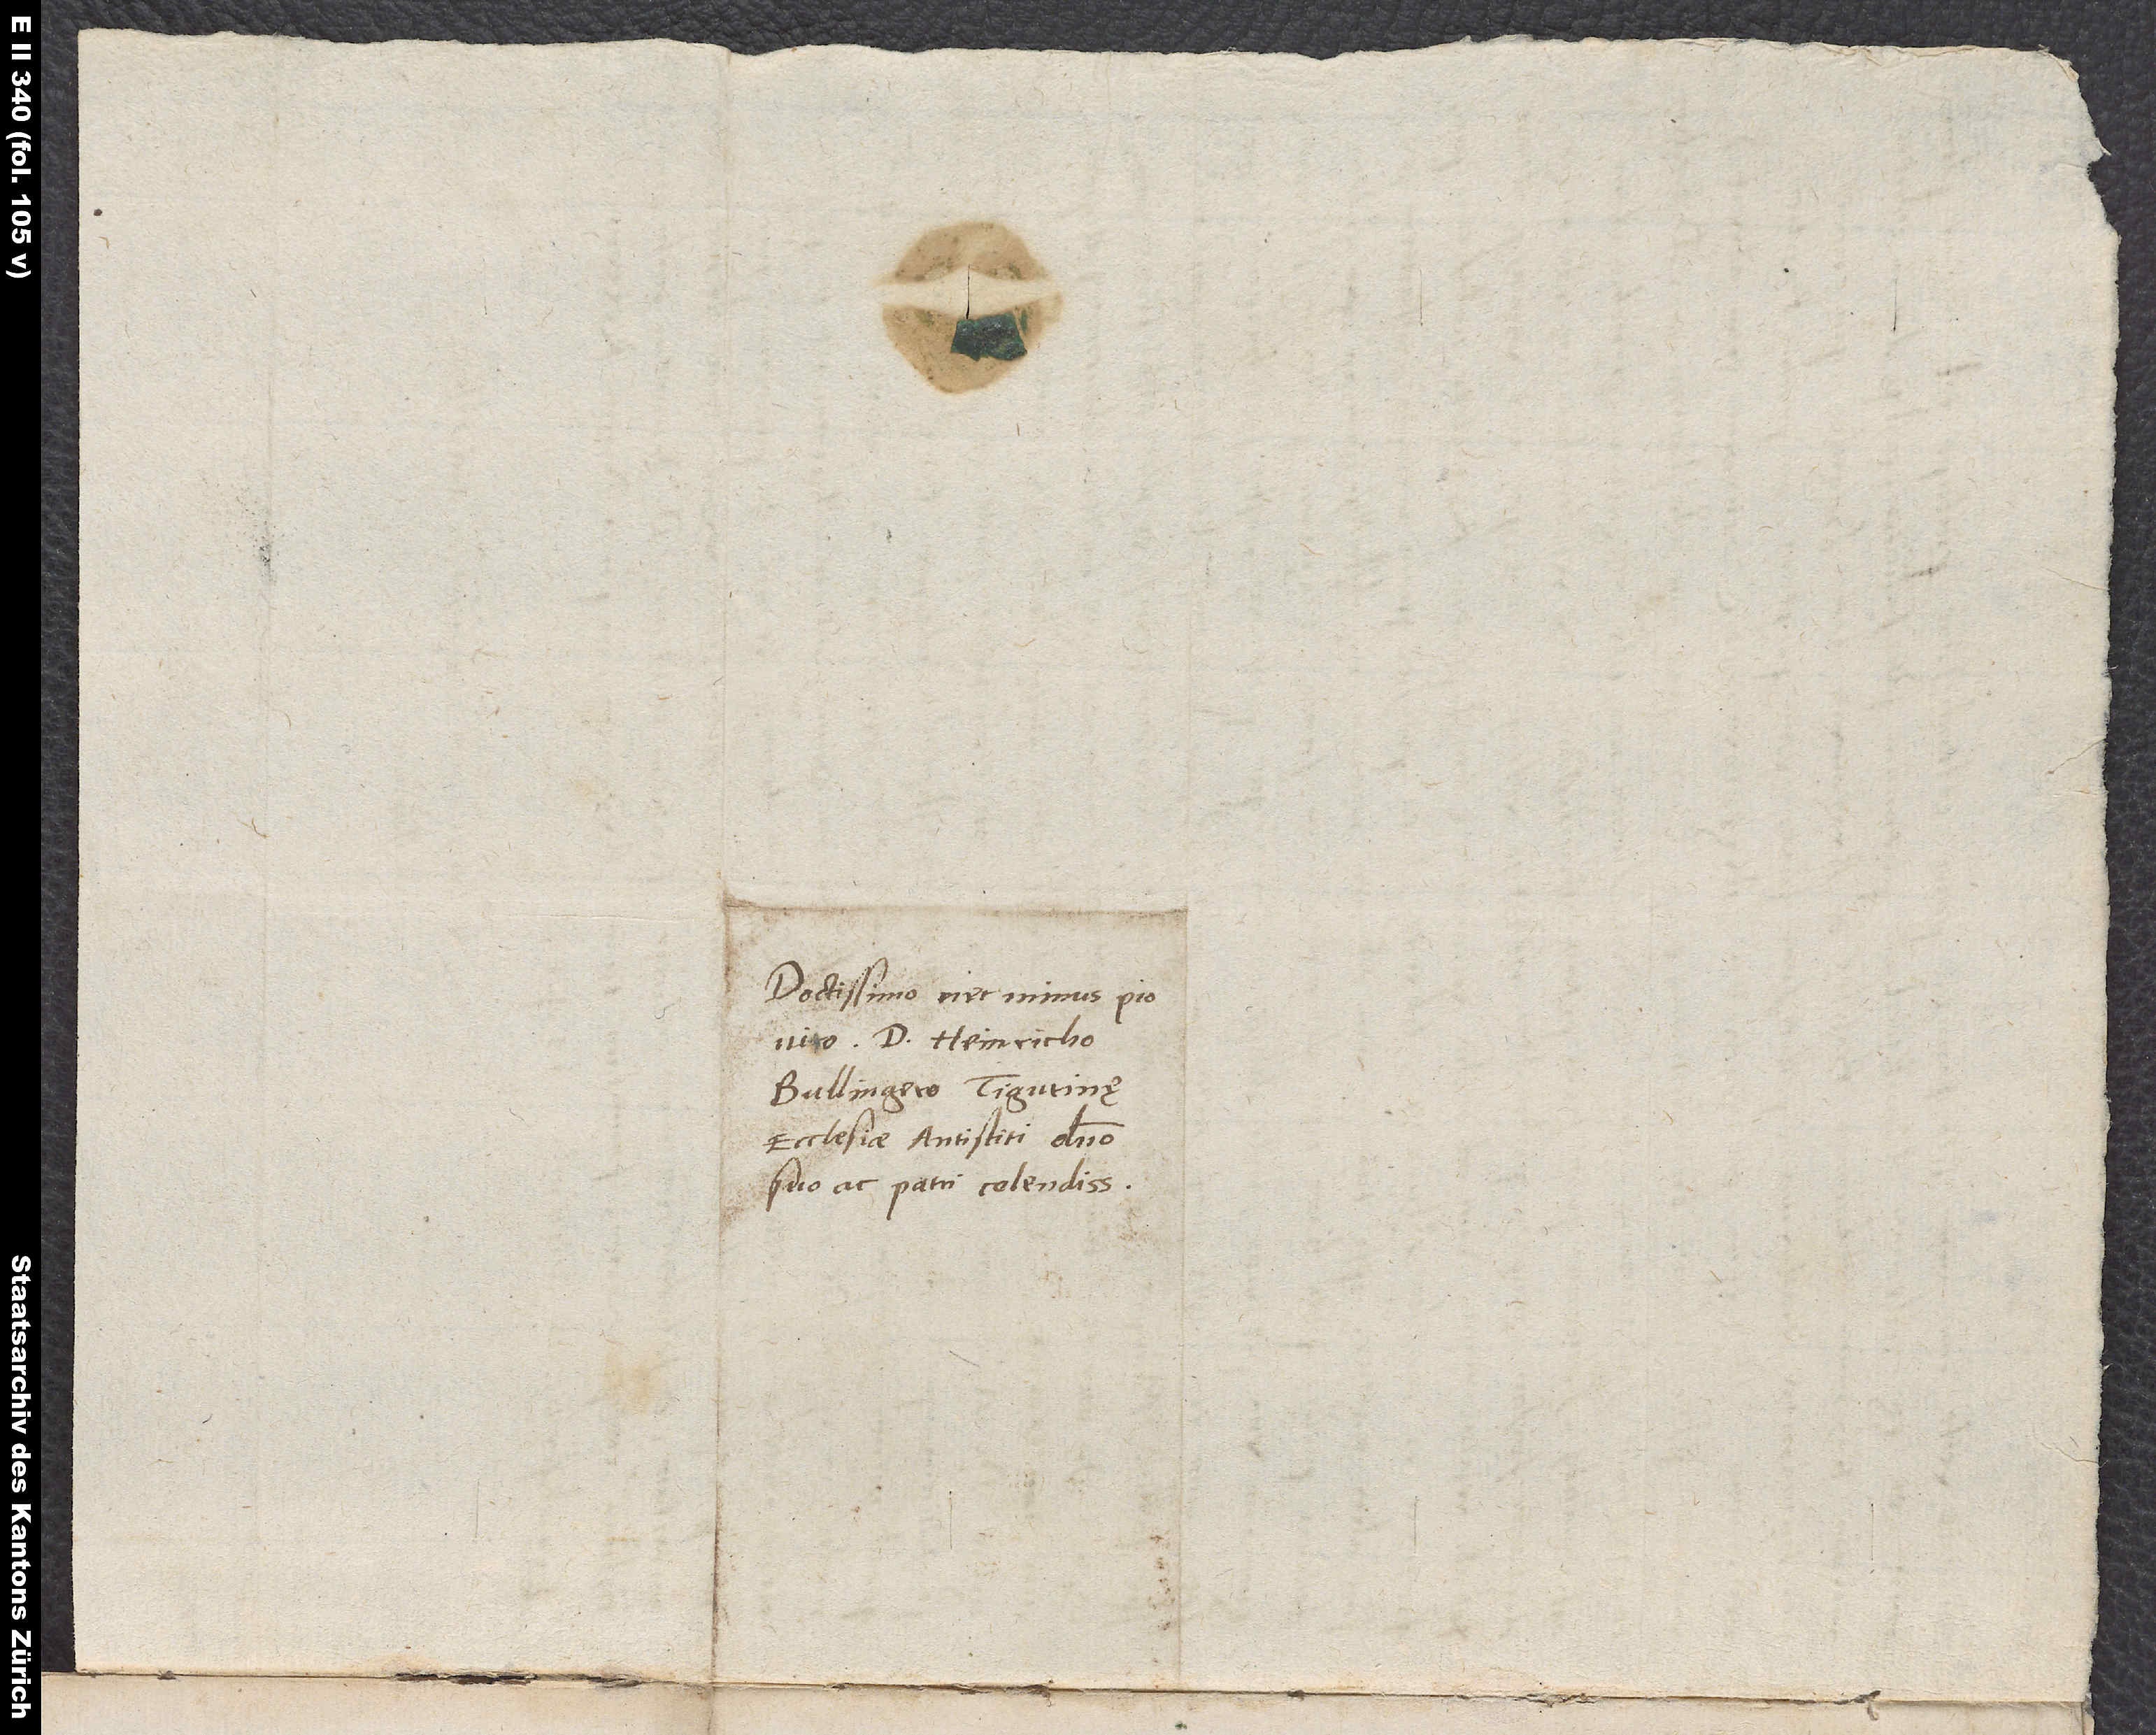
Doctissimo nec minus pio
viro d. Heinricho
Bullingero, Tigurinę
ecclesiae antistiti, domino
suo ac patri colendissimo.